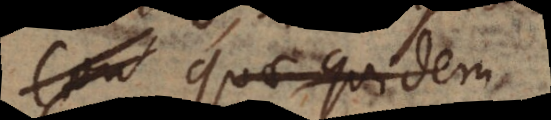
Quae quidem